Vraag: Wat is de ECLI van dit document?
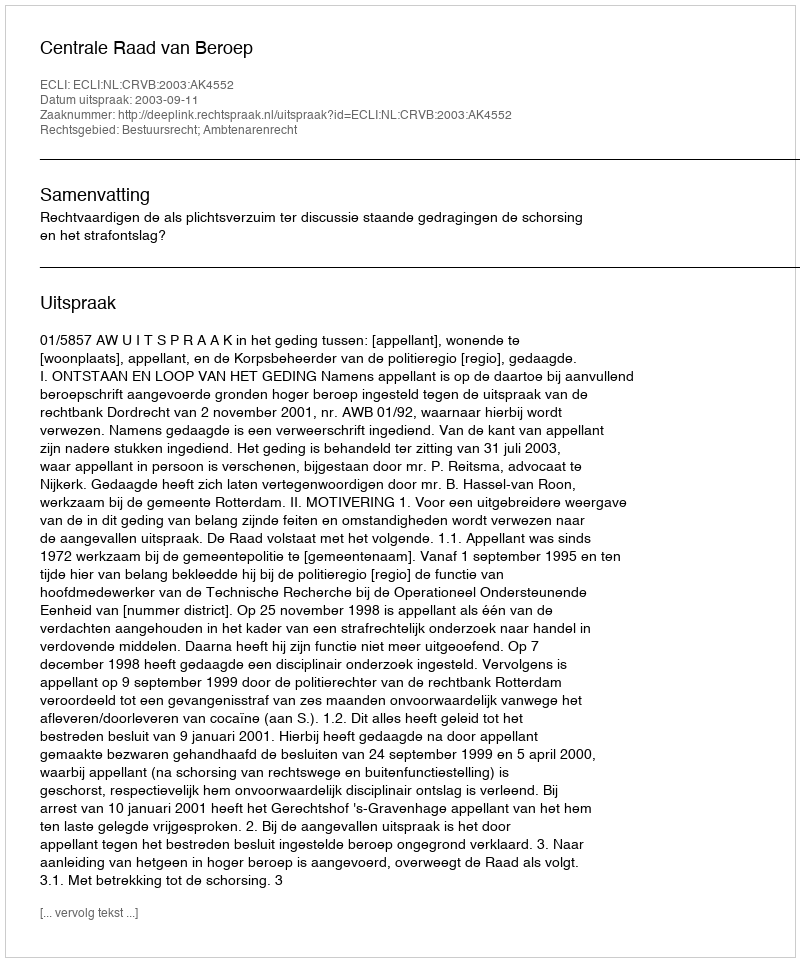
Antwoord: ECLI:NL:CRVB:2003:AK4552